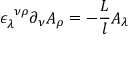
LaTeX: \epsilon _ { \lambda } ^ { ~ \nu \rho } \partial _ { \nu } A _ { \rho } = - \frac { L } l A _ { \lambda }